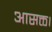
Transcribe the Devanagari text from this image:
आसक्त।